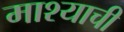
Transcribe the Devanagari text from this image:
माश्याची